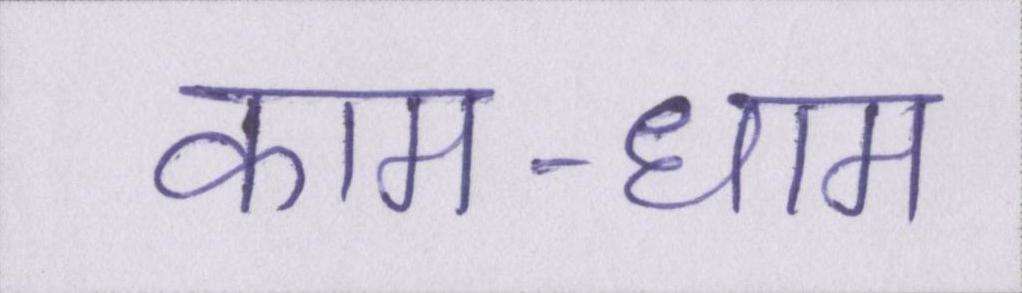
काम-धाम